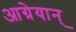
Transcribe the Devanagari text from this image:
आग्रेयान्